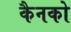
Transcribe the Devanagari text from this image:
कैनको